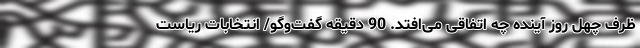
ظرف چهل روز آینده چه اتفاقی می‌افتد. 90 دقیقه گفت‌وگو/ انتخابات ریاست